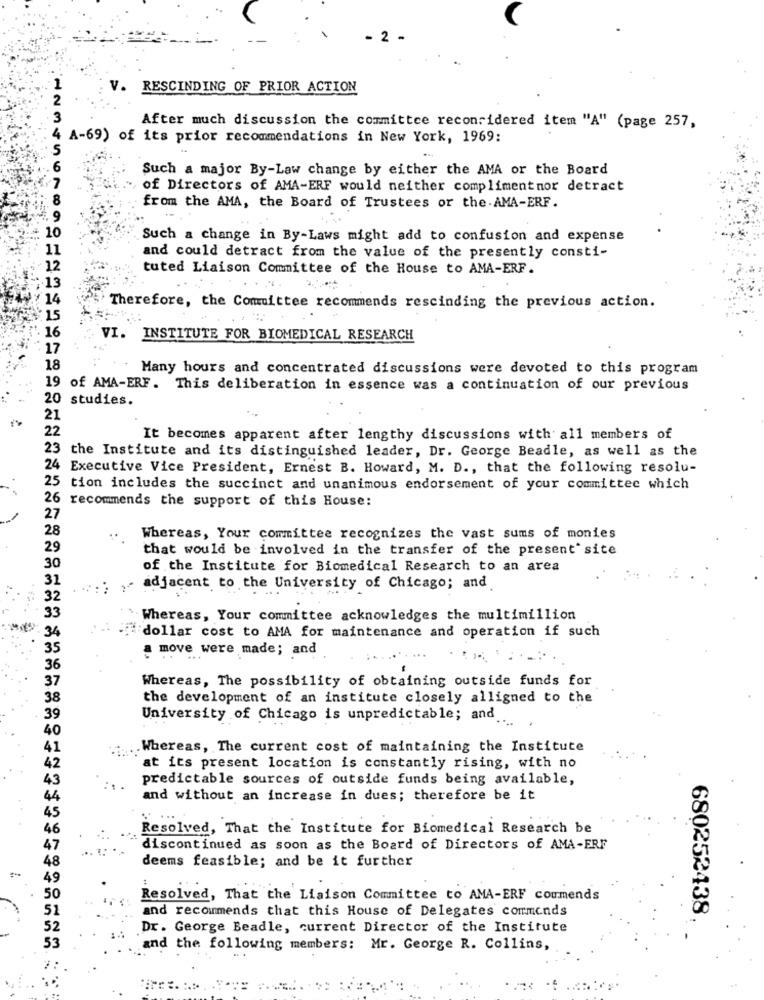
2
V. RESCINDING OF PRIOR ACTION
After much discussion the committee reconsidered item "A" (page 257,
4 A-69) of its prior recommendations in New York, 1969:
.6
Such a major By-Law change by either the AMA or the Board
of Directors of AMA-ERF would neither complimentnor detract
: 8
from the AMA, the Board of Trustees or the. AMA-ERF.
: 9
10
:123456789
Such a change in By-Laws might add to confusion and expense
11
and could detract from the value of the presently consti-
12
tuted Liaison Committee of the House to AMA-ERF.
13
¥ 14
Therefore, the Committee recommends rescinding the previous action.
N: 15
16
VI. INSTITUTE FOR BIOMEDICAL RESEARCH
17
18
Many hours and concentrated discussions were devoted to this program
19 of AMA-ERF. This deliberation in essence was a continuation of our previous
20 studies.
21
22
It becomes apparent after lengthy discussions with all members of
23 the Institute and its distinguished leader, Dr. George Beadle, as well as the
24 Executive Vice President, Ernest B. Howard, M. D ., that the following resolu-
25 tion includes the succinct and unanimous endorsement of your committee which
26 recommends the support of this House:
27
28
Whereas, Your committee recognizes the vast sums of monies
29
that would be involved in the transfer of the present site
30
of the Institute for Biomedical Research to an area
31
- adjacent to the University of Chicago; and
32
1.1
33
Whereas, Your committee acknowledges the multimillion
34
"dollar cost to AMA for maintenance and operation if such
35
a move were made; and
36
Whereas, The possibility of obtaining outside funds for
37
38
the development of an institute closely alligned to the
39
University of Chicago is unpredictable; and.
40
41
Whereas, The current cost of maintaining the Institute
42
at its present location is constantly rising, with no
43
predictable sources of outside funds being available,
44
and without an increase in dues; therefore be it
45
46
Resolved, That the Institute for Biomedical Research be
47
discontinued as soon as the Board of Directors of AMA-ERF
48
deems feasible; and be it further
49
50
Resolved, That the Liaison Committee to AMA-ERF coumends
51
and recommends that this House of Delegates commends
680252438.
52
Dr. George Beadle, current Director of the Institute
53
and the following members: Mr. George R. Collins,